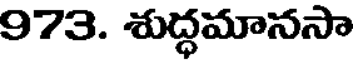
973. శుద్ధమానసా